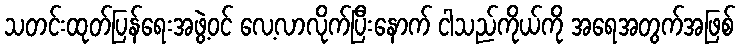
သတင်းထုတ်ပြန်ရေးအဖွဲ့ဝင် လေ့လာလိုက်ပြီးနောက် ငါသည်ကိုယ်ကို အရေအတွက်အဖြစ်